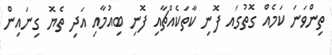
ތިންވަނަ ކަމެއް ގޮތުގައ ފޮނި ކާތަކެއްޗާއި ފޮނި ބިއުމާއި އަދި ތެޔޮ ގިނައިން